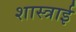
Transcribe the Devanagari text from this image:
शास्त्राई